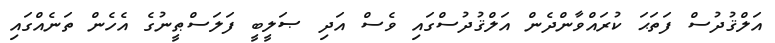
އަލްޤުދުސް ފަތަޙަ ކުރައްވާންދެން އަލްޤުދުސްގައި ވެސް އަދި ޞަލީބީ ފަލަސްޠީނުގެ އެހެން ތަނެއްގައި